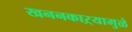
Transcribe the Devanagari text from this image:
खननकाऱ्यामुळे